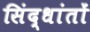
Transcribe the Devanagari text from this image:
सिंद्धांतों